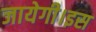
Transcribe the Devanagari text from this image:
जायेगी।इस